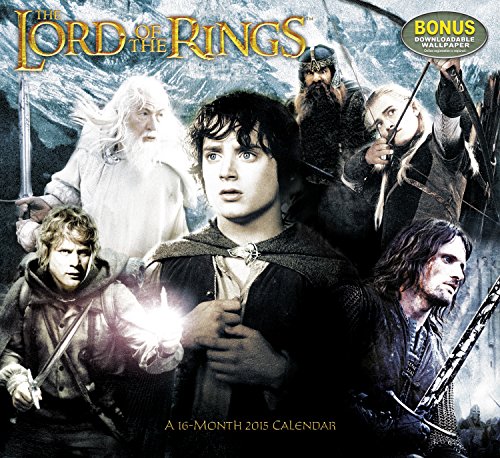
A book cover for The Lord of the Rings Trilogy Wall Calendar (2015); Day Dream; Calendars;